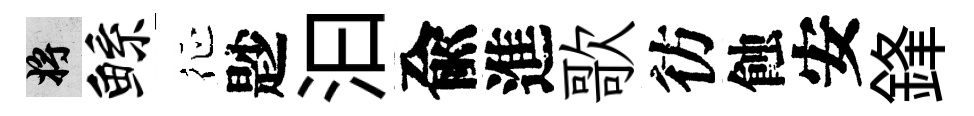
將鲧征尟汩兪進歌彷蝕安鋒